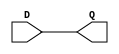
`timescale 1ns / 1ps
//////////////////////////////////////////////////////////////////////////////////
// Company: 
// Engineer: 
// 
// Design Name: 
// Module Name: part3
// Project Name: 
// Target Devices: 
// Tool Versions: 
// Description: 
// 
// Dependencies: 
// 
// Revision:
// Revision 0.01 - File Created
// Additional Comments:
// 
//////////////////////////////////////////////////////////////////////////////////
module Zero_flag(
    input D,
    output Q
    );
    assign Q=D;
endmodule

module part3(
    input [7:0] src1,
    input [7:0] src2,
    input en,
    input [2:0]Op,
    output reg zero,
    output reg [7:0] dst  );
    wire z;
     always@(*) 
     begin 
     if(en) begin
     case(Op)
        3'b000:
           dst = src1 + src2 ; 
        3'b001: 
           dst = src1 - src2 ;
        3'b010: 
           dst = src1 << 1; 
        3'b011: 
           dst = src1;
        3'b100: 
           dst = src1 & src2;
        3'b101: 
           dst = src1 | src2;
        3'b110: 
           dst = src1^src2;
        3'b111: 
           dst = ~src1;
         default: dst =8'b0;
        endcase
    if(dst==8'b0)  zero=1;
    else zero=0;
    end
    end
    Zero_flag ze(zero,z);
endmodule